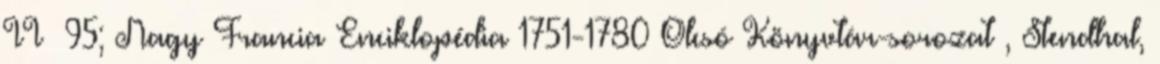
II 95; Nagy Francia Enciklopédia 1751-1780 Olcsó Könyvtár-sorozat , Stendhal,